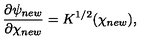
\frac { \partial \psi _ { n e w } } { \partial \chi _ { n e w } } = K ^ { 1 / 2 } ( \chi _ { n e w } ) ,